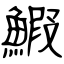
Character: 鰕